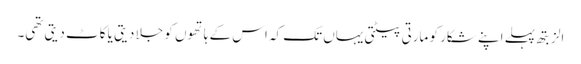
الزبتھ پہلے اپنے شکار کو مارتی پیٹتی یہاں تک کہ اس کے ہاتھوں کو جلا دیتی یا کاٹ دیتی تھی۔